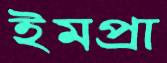
ইমপ্রা